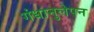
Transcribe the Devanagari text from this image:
गंधानुलेपन